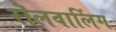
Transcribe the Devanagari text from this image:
रॊलवालिंग